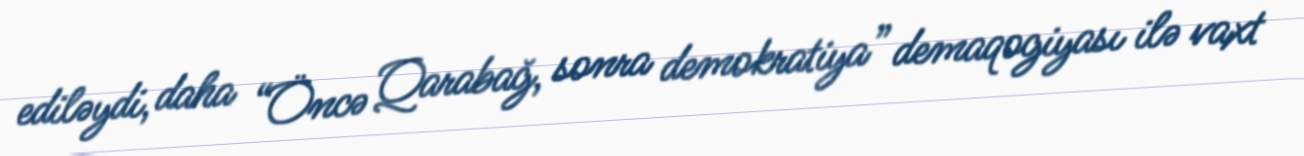
ediləydi, daha “Öncə Qarabağ, sonra demokratiya” demaqogiyası ilə vaxt